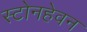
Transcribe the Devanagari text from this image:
स्टोनहेवन